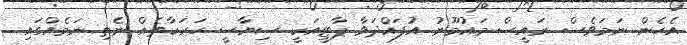
އެހެން ނަމަވެސް ރައީސް މައުމޫނު އުފައްދަވާ ޕާޓީއަކީ ސިޔާސީ ހަރަކާތެއް ނެތި ނަމެއްގައި